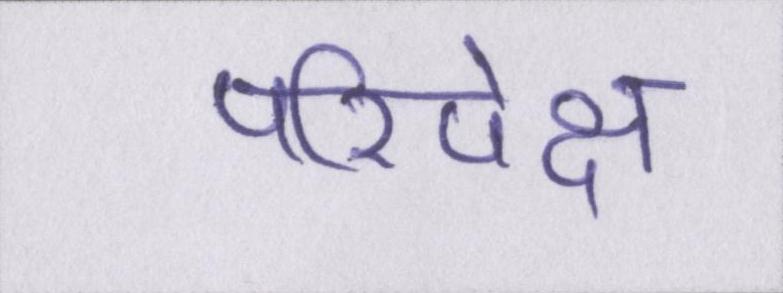
परिपेक्ष